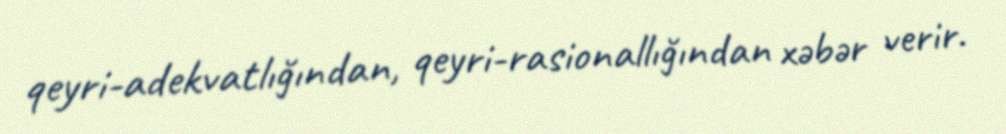
qeyri-adekvatlığından, qeyri-rasionallığından xəbər verir.